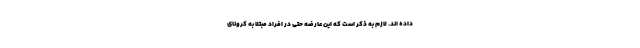
داده اند. لازم به ذکر است که این عارضه حتی در افراد مبتلا به کرونای